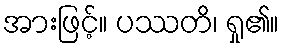
အားဖြင့်။ ပဿတိ၊ ရှု၏။